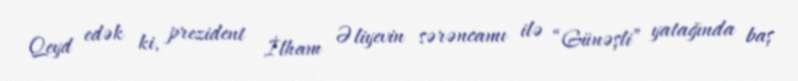
Qeyd edək ki, prezident İlham Əliyevin sərəncamı ilə “Günəşli” yatağında baş